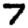
Digit: 7